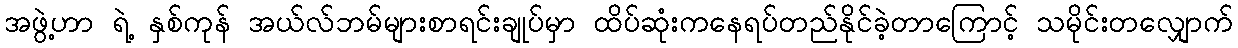
အဖွဲ့ဟာ ရဲ့ နှစ်ကုန် အယ်လ်ဘမ်များစာရင်းချုပ်မှာ ထိပ်ဆုံးကနေရပ်တည်နိုင်ခဲ့တာကြောင့် သမိုင်းတလျှောက်